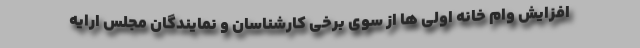
افزایش وام خانه اولی ها از سوی برخی کارشناسان و نمایندگان مجلس ارایه